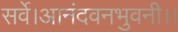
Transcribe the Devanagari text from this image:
सर्वे।आनंदवनभुवनी।।